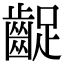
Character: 齪